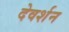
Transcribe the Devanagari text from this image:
देवर्शन